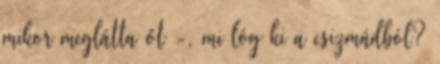
mikor meglátta őt -, mi lóg ki a csizmádból?